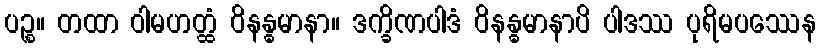
ပဉ္စ။ တထာ ဝါမဟတ္ထံ ဝိနန္ဓမာနာ။ ဒက္ခိဏပါဒံ ဝိနန္ဓမာနာပိ ပါဒဿ ပုရိမပဿေန